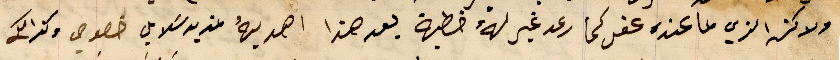
ولاكن الذي ما عنده عقل كما رعد غير لهُ خطية بعد هذا اهديهُ بمديد سَلامي خصوصي وكذالك